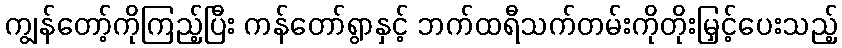
ကျွန်တော့်ကိုကြည့်ပြီး ကန်တော်ရွာနှင့် ဘက်ထရီသက်တမ်းကိုတိုးမြှင့်ပေးသည့်